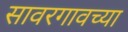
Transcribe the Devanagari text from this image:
सावरगावच्या